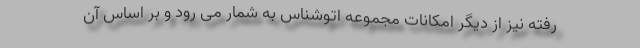
رفته نیز از دیگر امکانات مجموعه اتوشناس به شمار می رود و بر اساس آن